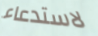
لاستدعاء